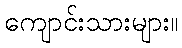
ကျောင်းသားများ။